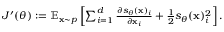
\begin{array} { r } { J ^ { \prime } ( \theta ) : = \mathbb { E } _ { \mathbf { x } \sim p } \left[ \sum _ { i = 1 } ^ { d } \frac { \partial s _ { \theta } ( \mathbf { x } ) _ { i } } { \partial \mathbf { x } _ { i } } + \frac { 1 } { 2 } s _ { \theta } ( \mathbf { x } ) _ { i } ^ { 2 } \right] . } \end{array}